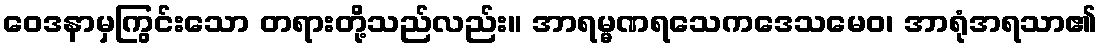
ဝေဒနာမှကြွင်းသော တရားတို့သည်လည်း။ အာရမ္မဏရသေကဒေသမေဝ၊ အာရုံအရသာ၏